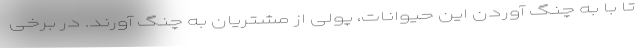
تا با به چنگ آوردن این حیوانات، پولی از مشتریان به چنگ آورند. در برخی